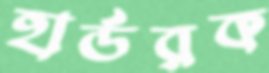
হার্ডরক